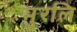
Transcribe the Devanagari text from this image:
मुरलि